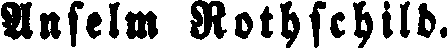
Anselm Rothschild.